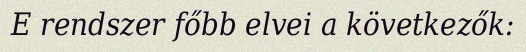
E rendszer főbb elvei a következők: